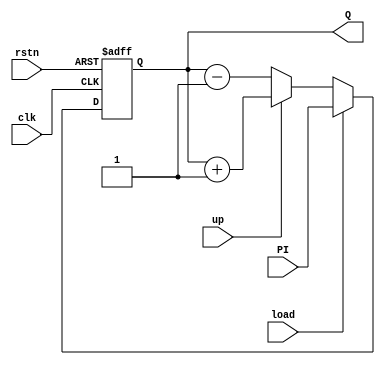
module UDL_Counter #(parameter BITS = 4) (
    input clk, rstn, load, up,
    input [BITS - 1 : 0] PI,
    output [BITS - 1 : 0] Q
);
    reg [BITS - 1 : 0] Q_next, Q_reg;
    
    always @(*) begin
        if (load)
            Q_next = PI;
        else if (up)
            Q_next = Q_reg + 1;
        else
            Q_next = Q_reg - 1;
    end

    always @(posedge clk, negedge rstn) begin
        if (!rstn)
            Q_reg <= 0;
        else
            Q_reg <= Q_next; 
    end

    assign Q = Q_reg;
endmodule